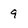
Character: 9